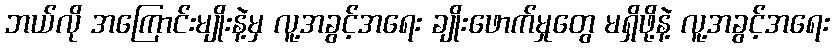
ဘယ်လို အကြောင်းမျိုးနဲ့မှ လူ့အခွင့်အရေး ချိုးဖောက်မှုတွေ မရှိဖို့နဲ့ လူ့အခွင့်အရေး